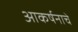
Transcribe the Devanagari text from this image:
आकर्षनाचे